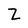
Character: Z